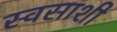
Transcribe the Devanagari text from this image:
स्वसाशी